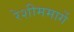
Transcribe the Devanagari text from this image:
रेशीममार्गे